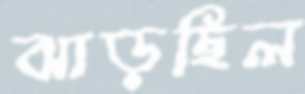
ঝাড়ছিল